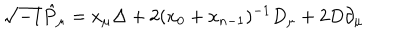
\sqrt { - 1 } \hat { P } _ { \mu } = x _ { \mu } \Delta + 2 ( x _ { 0 } + x _ { n - 1 } ) ^ { - 1 } D _ { \mu } + 2 D \partial _ { \mu }